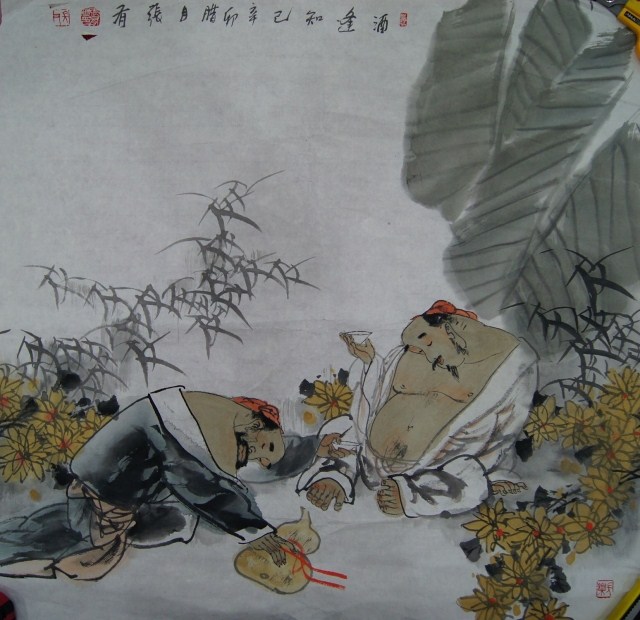
遥知湖上一樽酒，能忆天涯万里人。